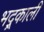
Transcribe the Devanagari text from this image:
भद्र्काली